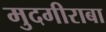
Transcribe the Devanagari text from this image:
मुदगीराबा